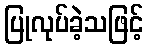
ပြုလုပ်ခဲ့သဖြင့်